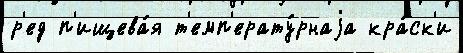
р'ед п'ищева́я т'емп'ерату́рнаjа кра́ск'и